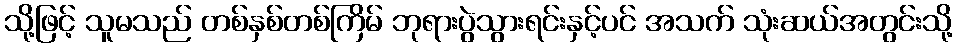
သို့ဖြင့် သူမသည် တစ်နှစ်တစ်ကြိမ် ဘုရားပွဲသွားရင်းနှင့်ပင် အသက် သုံးဆယ်အတွင်းသို့